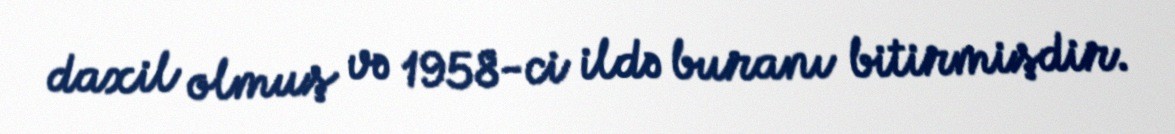
daxil olmuş və 1958-ci ildə buranı bitirmişdir.